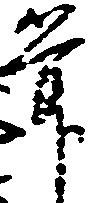
筆